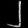
Digit: ၂